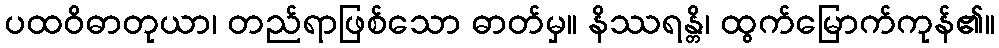
ပထဝိဓာတုယာ၊ တည်ရာဖြစ်သော ဓာတ်မှ။ နိဿရန္တိ၊ ထွက်မြောက်ကုန်၏။